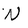
Character: N